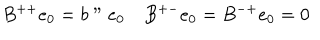
B ^ { + + } e _ { 0 } = b " e _ { 0 } \quad B ^ { + - } e _ { 0 } = B ^ { - + } e _ { 0 } = 0